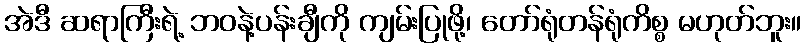
အဲဒီ ဆရာကြီးရဲ့ ဘဝနဲ့ပန်းချီကို ကျမ်းပြုဖို့၊ တော်ရုံတန်ရုံကိစ္စ မဟုတ်ဘူး။